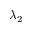
\lambda _ { 2 }